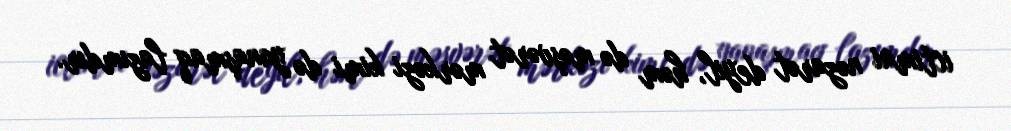
ictimai nəzarət deyil, həm də məşvərət mərkəzi kimi də yanaşmaq lazımdır.